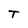
Character: T